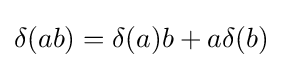
\delta (ab)=\delta (a)b+a\delta (b)